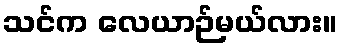
သင်က လေယာဉ်မယ်လား။